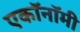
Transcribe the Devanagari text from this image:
एकॉनॉमी